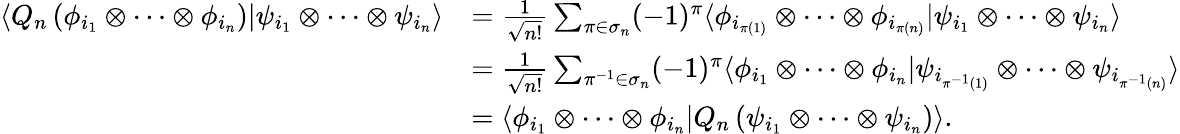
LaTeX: \begin{array}{rl}{\langle Q_{n}\left(\phi_{i_{1}}\otimes\cdots\otimes\phi_{i_{n}}\right)|\psi_{i_{1}}\otimes\cdots\otimes\psi_{i_{n}}\rangle}&{=\frac{1}{\sqrt{n!}}\sum_{\pi\in\sigma_{n}}(-1)^{\pi}\langle\phi_{i_{\pi(1)}}\otimes\cdots\otimes\phi_{i_{\pi(n)}}|\psi_{i_{1}}\otimes\cdots\otimes\psi_{i_{n}}\rangle}\\ &{=\frac{1}{\sqrt{n!}}\sum_{\pi^{-1}\in\sigma_{n}}(-1)^{\pi}\langle\phi_{i_{1}}\otimes\cdots\otimes\phi_{i_{n}}|\psi_{i_{\pi^{-1}(1)}}\otimes\cdots\otimes\psi_{i_{\pi^{-1}(n)}}\rangle}\\ &{=\langle\phi_{i_{1}}\otimes\cdots\otimes\phi_{i_{n}}|Q_{n}\left(\psi_{i_{1}}\otimes\cdots\otimes\psi_{i_{n}}\right)\rangle.}\end{array}